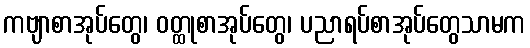
ကဗျာစာအုပ်တွေ၊ ဝတ္ထုစာအုပ်တွေ၊ ပညာရပ်စာအုပ်တွေသာမက